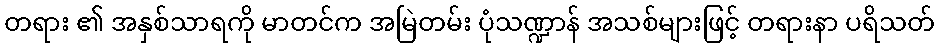
တရား ၏ အနှစ်သာရကို မာတင်က အမြဲတမ်း ပုံသဏ္ဍာန် အသစ်များဖြင့် တရားနာ ပရိသတ်